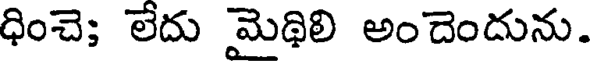
ధించె; లేదు మైథిలి అందెందును.